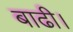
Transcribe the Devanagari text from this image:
बाढी।